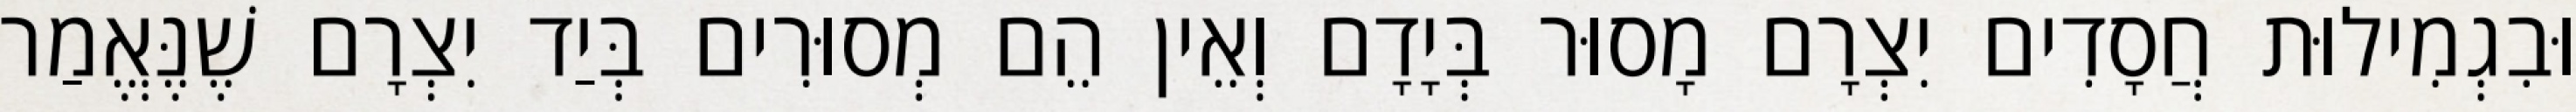
וּבִגְמִילוּת חֲסָדִים יִצְרָם מָסוּר בְּיָדָם וְאֵין הֵם מְסוּרִים בְּיַד יִצְרָם שֶׁנֶּאֱמַר